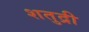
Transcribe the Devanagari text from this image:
शतुद्री